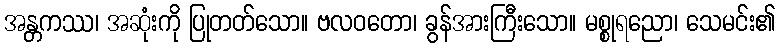
အန္တကဿ၊ အဆုံးကို ပြုတတ်သော။ ဗလဝတော၊ ခွန်အားကြီးသော။ မစ္စုရညော၊ သေမင်း၏